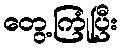
တွေ့ကြုံပြီး